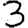
Digit: 3